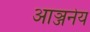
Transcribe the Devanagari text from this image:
आञ्जनेय